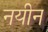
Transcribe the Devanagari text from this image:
नयीन